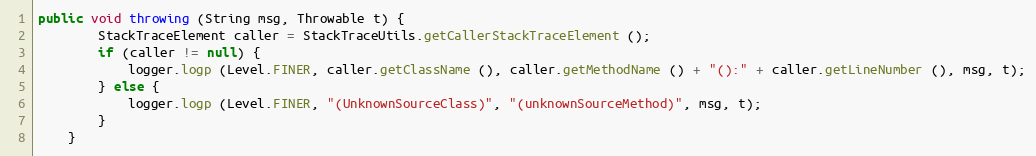
Language: Java
public void throwing (String msg, Throwable t) {
		StackTraceElement caller = StackTraceUtils.getCallerStackTraceElement ();
		if (caller != null) {
			logger.logp (Level.FINER, caller.getClassName (), caller.getMethodName () + "():" + caller.getLineNumber (), msg, t);
		} else {
			logger.logp (Level.FINER, "(UnknownSourceClass)", "(unknownSourceMethod)", msg, t);
		}
	}